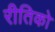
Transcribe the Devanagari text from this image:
रीतिको